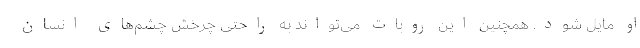
او مایل شود. همچنین این روبات می‌تواند به راحتی چرخش چشم‌های انسان